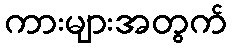
ကားများအတွက်